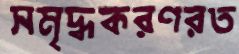
সমৃদ্ধকরণরত